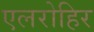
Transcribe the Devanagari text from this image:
एलरोहिर